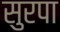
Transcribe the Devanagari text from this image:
सुरपा